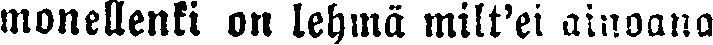
monellenki on lehmä milt'ei ainoana